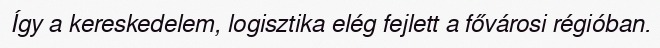
Így a kereskedelem, logisztika elég fejlett a fővárosi régióban.